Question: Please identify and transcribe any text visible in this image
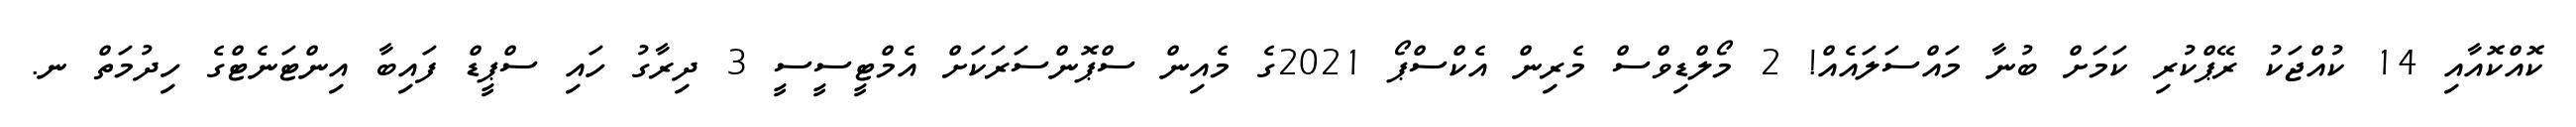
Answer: ކޮއްކޮއާއި 14 ކުއްޖަކު ރޭޕްކުރި ކަމަށް ބުނާ މައްސަލައެއް! 2 މޯލްޑިވްސް މެރިން އެކްސްޕޯ 2021ގެ މެއިން ސްޕޮންސަރަކަށް އެމްޓީސީސީ 3 ދިރާގު ހައި ސްޕީޑް ފައިބާ އިންޓަނެޓްގެ ހިދުމަތް ނ.